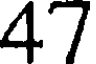
47